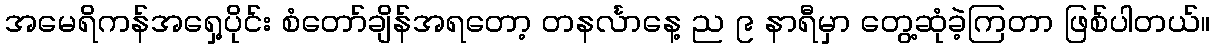
အမေရိကန်အရှေ့ပိုင်း စံတော်ချိန်အရတော့ တနင်္လာနေ့ ည ၉ နာရီမှာ တွေ့ဆုံခဲ့ကြတာ ဖြစ်ပါတယ်။